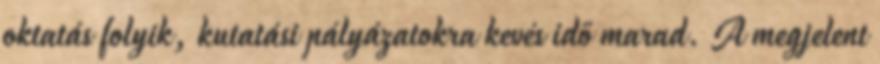
oktatás folyik, kutatási pályázatokra kevés idő marad. A megjelent